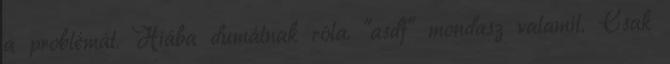
a problémát. Hiába dumálnak róla. "asdf" mondasz valamit. Csak